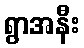
ရွာအနီး